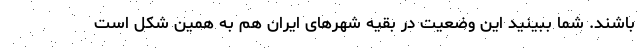
باشند. شما ببینید این وضعیت در بقیه شهرهای ایران هم به همین شکل است